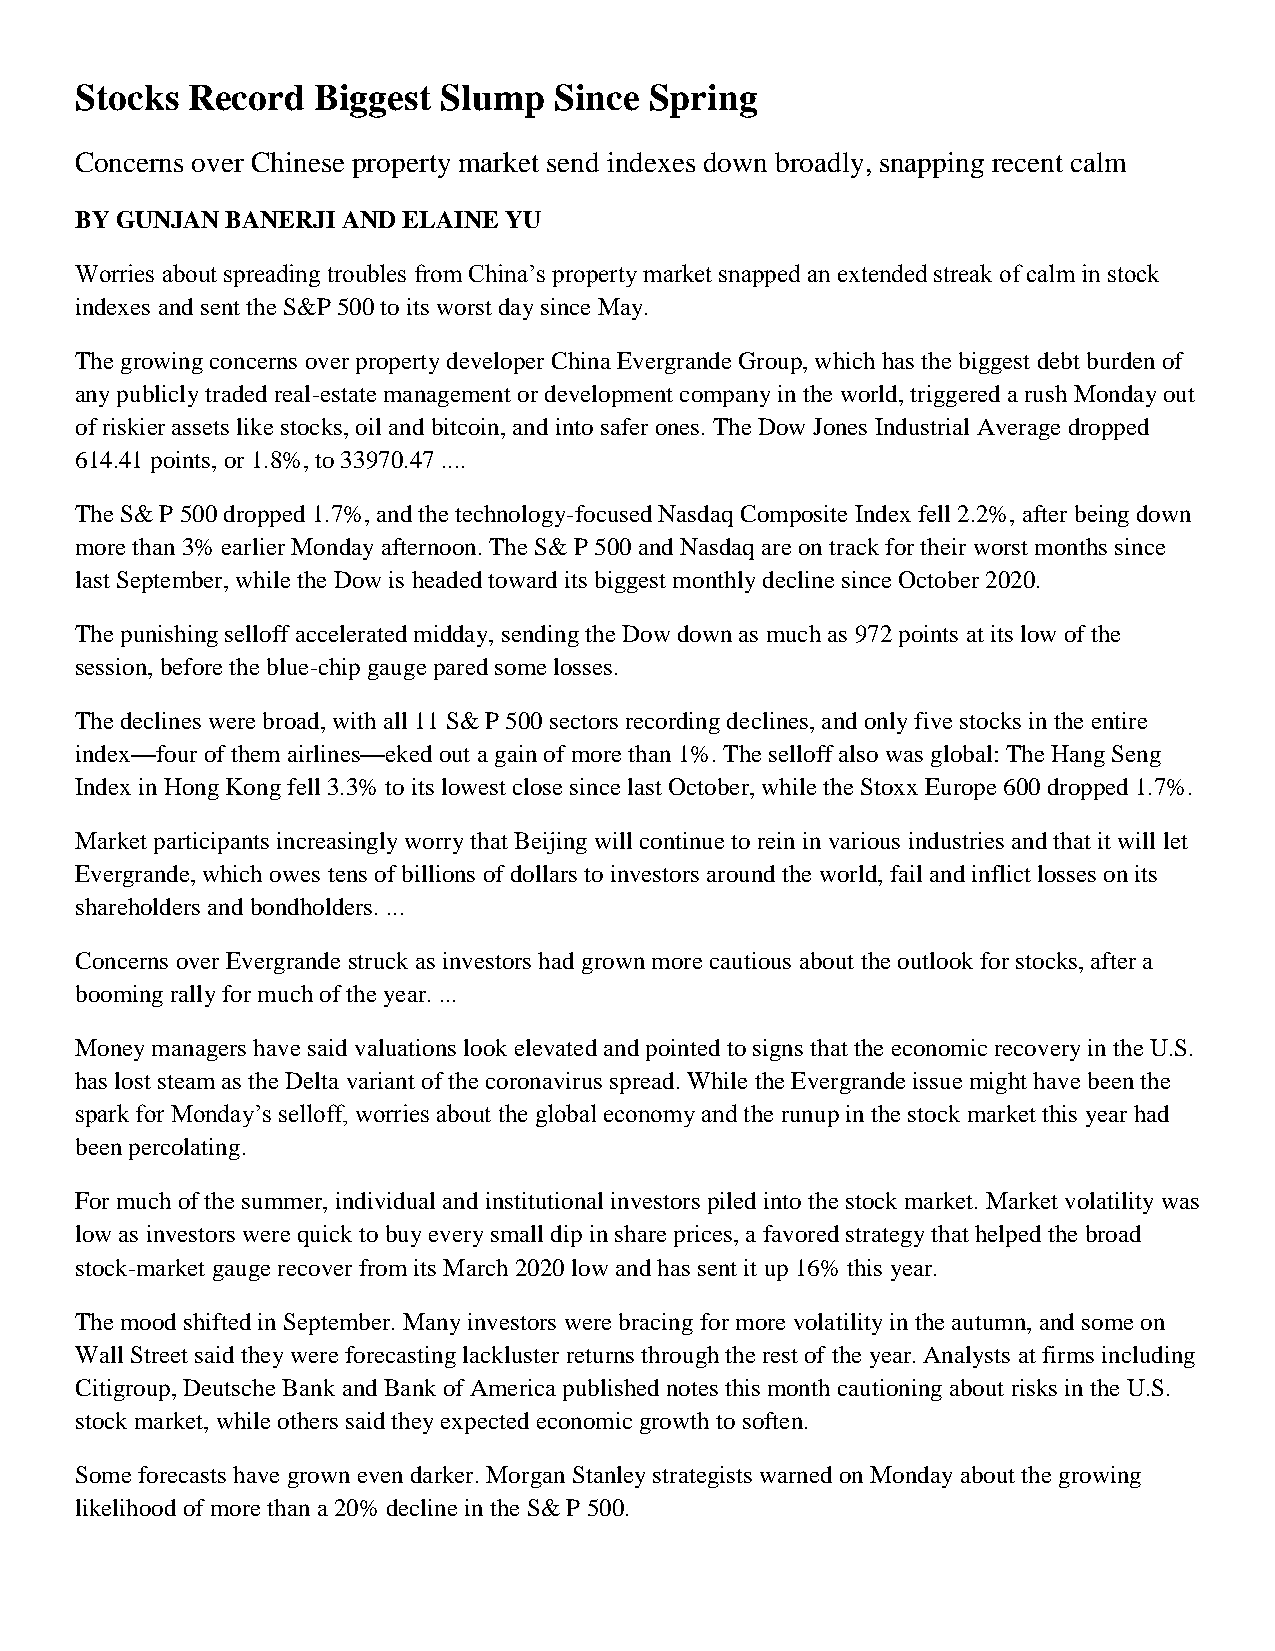
Stocks Record   Biggest Slump   Since Spring
 Concerns over Chinese property market send indexes down broadly, snapping recent calm
 BY GUNJAN BANERJI AND ELAINE YU
 Worries about spreading troubles from China’s property market snapped an extended streak of calm in stock
 indexes and sent the S&P 500 to its worst day since May.
 The growing concerns over property developer China Evergrande Group, which has the biggest debt burden of
 any publicly traded real-estate management or development company in the world, triggered a rush Monday out
 of riskier assets like stocks, oil and bitcoin, and into safer ones. The Dow Jones Industrial Average dropped
 614.41 points, or 1.8%, to 33970.47 ....
 The S& P 500 dropped 1.7%, and the technology-focused Nasdaq Composite Index fell 2.2%, after being down
 more than 3% earlier Monday afternoon. The S& P 500 and Nasdaq are on track for their worst months since
 last September, while the Dow is headed toward its biggest monthly decline since October 2020.
 The punishing selloff accelerated midday, sending the Dow down as much as 972 points at its low of the
 session, before the blue-chip gauge pared some losses.
 The declines were broad, with all 11 S& P 500 sectors recording declines, and only five stocks in the entire
 index—four of them airlines—eked out a gain of more than 1%. The selloff also was global: The Hang Seng
 Index in Hong Kong fell 3.3% to its lowest close since last October, while the Stoxx Europe 600 dropped 1.7%.
 Market participants increasingly worry that Beijing will continue to rein in various industries and that it will let
 Evergrande, which owes tens of billions of dollars to investors around the world, fail and inflict losses on its
 shareholders and bondholders. ...
 Concerns over Evergrande struck as investors had grown more cautious about the outlook for stocks, after a
 booming rally for much of the year. ...
 Money managers have said valuations look elevated and pointed to signs that the economic recovery in the U.S.
 has lost steam as the Delta variant of the coronavirus spread. While the Evergrande issue might have been the
 spark for Monday’s selloff, worries about the global economy and the runup in the stock market this year had
 been percolating.
 For much of the summer, individual and institutional investors piled into the stock market. Market volatility was
 low as investors were quick to buy every small dip in share prices, a favored strategy that helped the broad
 stock-market gauge recover from its March 2020 low and has sent it up 16% this year.
 The mood shifted in September. Many investors were bracing for more volatility in the autumn, and some on
 Wall Street said they were forecasting lackluster returns through the rest of the year. Analysts at firms including
 Citigroup, Deutsche Bank and Bank of America published notes this month cautioning about risks in the U.S.
 stock market, while others said they expected economic growth to soften.
 Some forecasts have grown even darker. Morgan Stanley strategists warned on Monday about the growing
 likelihood of more than a 20% decline in the S& P 500.